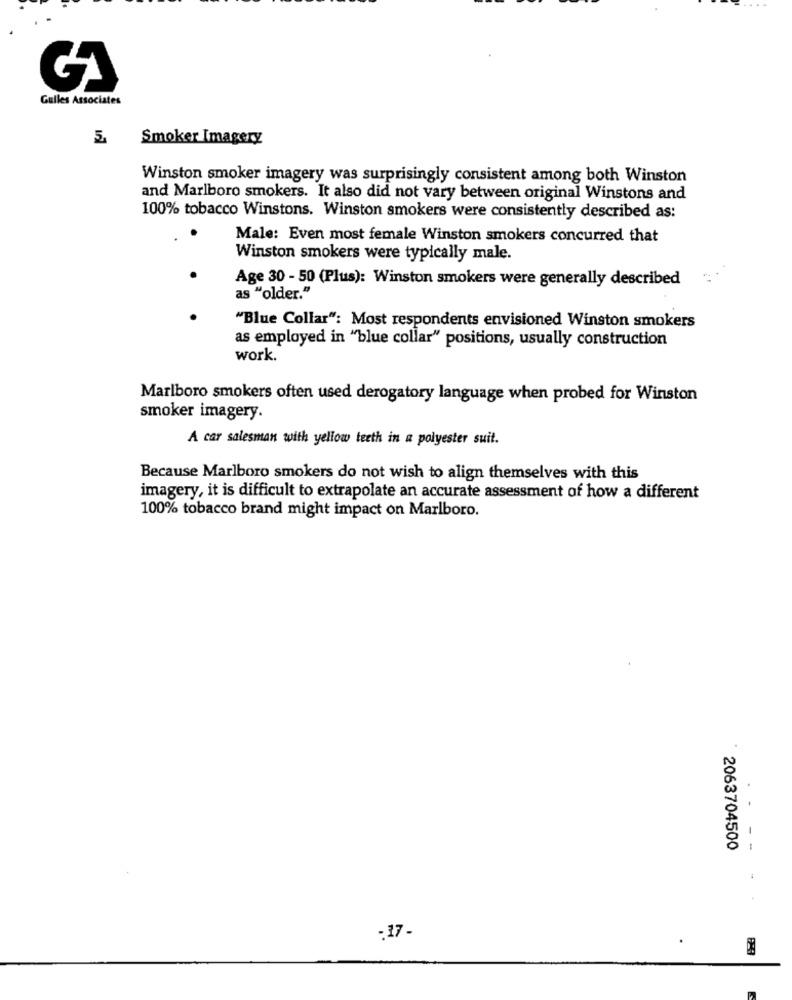
Gulles Associates
5.
Smoker Imagery
Winston smoker imagery was surprisingly consistent among both Winston
and Marlboro smokers. It also did not vary between original Winstons and
100% tobacco Winstons. Winston smokers were consistently described as:
Male: Even most female Winston smokers concurred that
Winston smokers were typically male.
Age 30 - 50 (Plus): Winston smokers were generally described
as "older."
"Blue Collar": Most respondents envisioned Winston smokers
as employed in "blue collar" positions, usually construction
work.
Marlboro smokers often used derogatory language when probed for Winston
smoker imagery.
A car salesman with yellow teeth in a polyester suit.
Because Marlboro smokers do not wish to align themselves with this
imagery, it is difficult to extrapolate an accurate assessment of how a different
100% tobacco brand might impact on Marlboro.
2063704500
- -
:17-